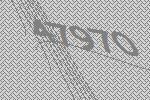
47970